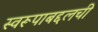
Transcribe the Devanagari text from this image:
स्वरूपाबद्दलची